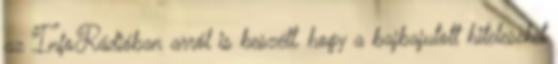
az InfoRádióban arról is beszélt, hogy a bajbajutott hiteleseket